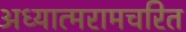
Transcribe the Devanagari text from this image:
अध्यात्मरामचरित